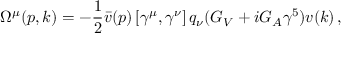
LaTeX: \Omega ^ { \mu } ( p , k ) = - \frac { 1 } { 2 } \bar { v } ( p ) \left[ \gamma ^ { \mu } , \gamma ^ { \nu } \right] q _ { \nu } ( G _ { V } + i G _ { A } \gamma ^ { 5 } ) v ( k ) \, ,